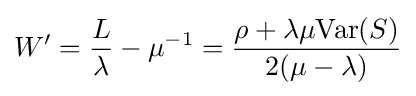
W'={\frac {L}{\lambda }}-\mu ^{-1}={\frac {\rho +\lambda \mu {\text{Var}}(S)}{2(\mu -\lambda )}}